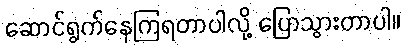
ဆောင်ရွက်နေကြရတာပါလို့ ပြောသွားတာပါ။